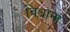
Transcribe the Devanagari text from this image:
विधाना